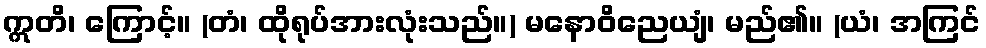
ဣတိ၊ ကြောင့်။ (တံ၊ ထိုရုပ်အားလုံးသည်။) မနောဝိညေယျံ၊ မည်၏။ (ယံ၊ အကြင်